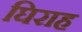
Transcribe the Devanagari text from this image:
घिराह